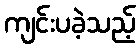
ကျင်းပခဲ့သည့်